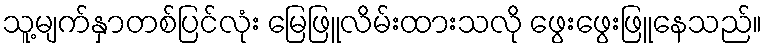
သူ့မျက်နှာတစ်ပြင်လုံး မြေဖြူလိမ်းထားသလို ဖွေးဖွေးဖြူနေသည်။